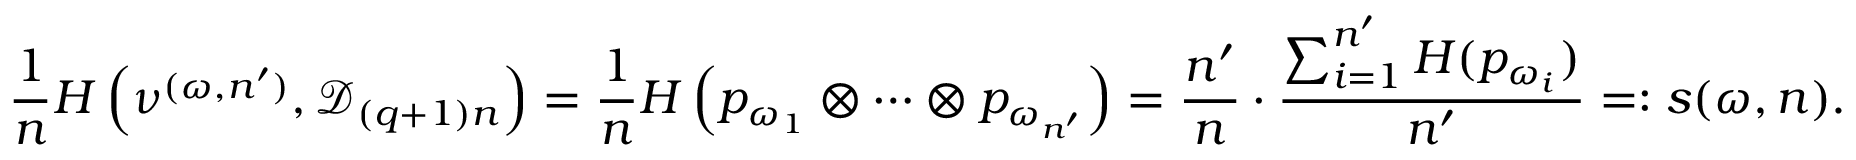
\frac { 1 } { n } H \left( \nu ^ { ( \omega , n ^ { \prime } ) } , { \mathcal D } _ { ( q + 1 ) n } \right) = \frac { 1 } { n } H \left( p _ { \omega _ { 1 } } \otimes \cdots \otimes p _ { \omega _ { n ^ { \prime } } } \right) = \frac { n ^ { \prime } } { n } \cdot \frac { \sum _ { i = 1 } ^ { n ^ { \prime } } H ( p _ { \omega _ { i } } ) } { n ^ { \prime } } = : s ( \omega , n ) .